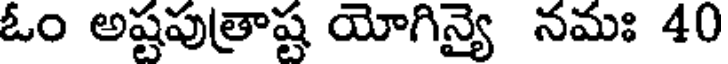
ఓం అష్టపుత్రాష్ట యోగిన్యై నమః 40